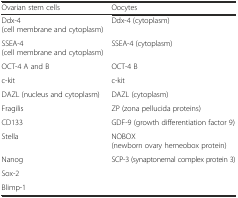
| Ovarian stem cells | Oocytes |
 | --- | --- |
 | Ddx-4 (cell membrane and cytoplasm) | Ddx-4 (cytoplasm) |
 | SSEA-4 (cell membrane and cytoplasm) | SSEA-4 (cytoplasm) |
 | OCT-4 A and B | OCT-4 B |
 | c-kit | c-kit |
 | DAZL (nucleus and cytoplasm) | DAZL (cytoplasm) |
 | Fragilis | ZP (zona pellucida proteins) |
 | CD133 | GDF-9 (growth differentiation factor 9) |
 | Stella | NOBOX (newborn ovary hemeobox protein) |
 | Nanog | <ROWSPAN=3> SCP-3 (synaptonemal complex protein 3) |
 | Sox-2 |
 | Blimp-1 |